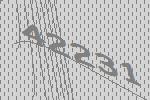
42231